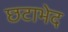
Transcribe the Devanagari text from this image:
छटाभेद